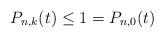
LaTeX: \begin{align*}P_{n,k}(t)\leq 1 = P_{n,0}(t)\end{align*}